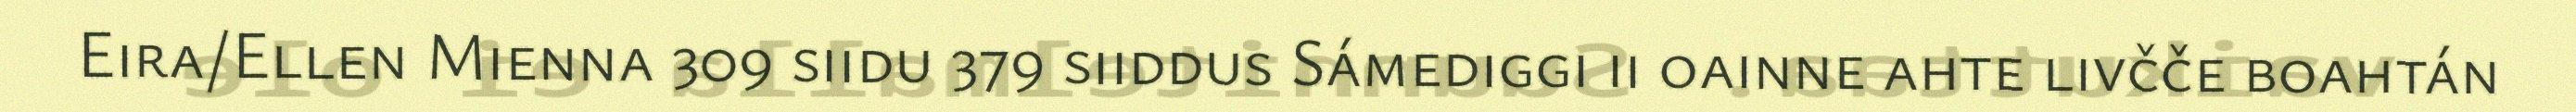
Eira/Ellen Mienna 309 siidu 379 siiddus Sámediggi ii oainne ahte livčče boahtán